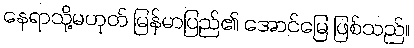
နေရာသို့မဟုတ် မြန်မာပြည်၏ အောင်မြေ ဖြစ်သည်။